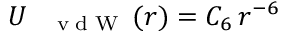
U _ { \mathrm { ~ \tiny ~ \textnormal ~ { ~ v ~ d ~ W ~ } ~ } } ( r ) = C _ { 6 } \, r ^ { - 6 }